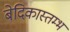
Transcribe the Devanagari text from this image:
बेदिकास्तम्भ